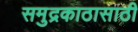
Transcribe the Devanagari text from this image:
समुद्रकाठासाठी